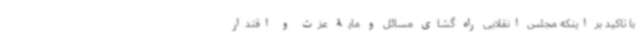
با تاکید بر اینکه مجلس انقلابی راه گشای مسائل و مایۀ عزت و اقتدار